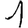
Digit: 1